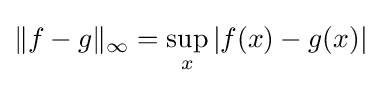
\|f-g\|_{\infty }=\sup _{x}|f(x)-g(x)|